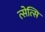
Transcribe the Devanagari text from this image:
त्सेत्सि